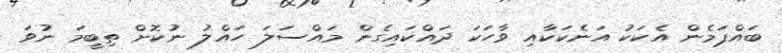
ބައްޕަމެން އެކަކު އަނެކަކާއި ވާހަކަ ދައްކައިގެން މައްސަލަ ހައްލު ނުކޮށް ތިބީމަ ނުވަ